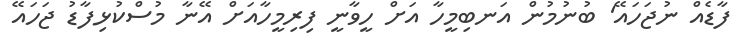
ފާޑެއް ނުޖަހައޭ' ބުނުމުން އަނބިމީހާ އަށް ހީވާނީ ފިރިމީހާއަށް އޭނާ މުސްކުޅިފާޑު ޖަހައޭ